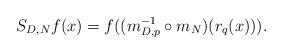
\begin{align*}S_{D,N} f(x) = f((m_{D, p}^{-1} \circ m_{N})(r_q(x))) .\end{align*}